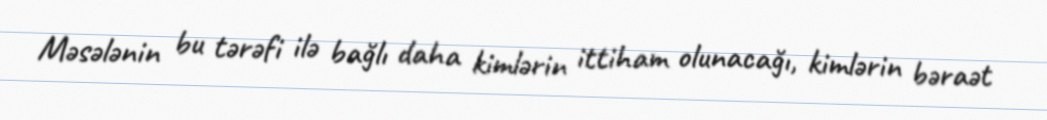
Məsələnin bu tərəfi ilə bağlı daha kimlərin ittiham olunacağı, kimlərin bəraət